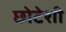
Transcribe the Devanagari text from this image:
छोटेशी